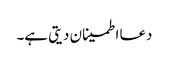
دعا اطمینان دیتی ہے۔